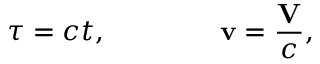
\tau = c t , \qquad \qquad { \bf v } = { \frac { \bf V } { c } } ,